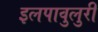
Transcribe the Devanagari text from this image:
इलपावुलुरी